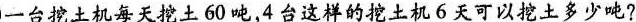
一台挖土机每天挖土60吨，4台这样的挖土机6天可以挖土多少吨?